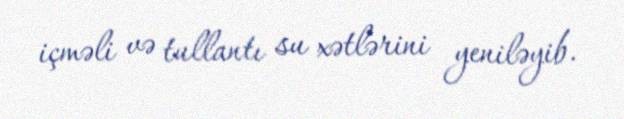
içməli və tullantı su xətlərini yeniləyib.